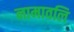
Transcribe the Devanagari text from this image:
नामावलि